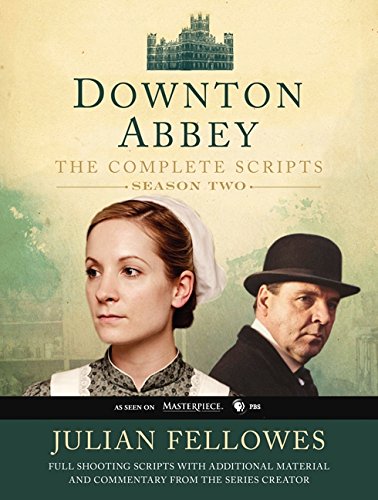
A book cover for Downton Abbey Script Book Season 2; Julian Fellowes; Humor & Entertainment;